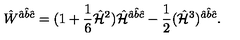
\hat { W } ^ { \hat { a } \hat { b } \hat { c } } = ( 1 + { \frac { 1 } { 6 } } \hat { \cal H } ^ { 2 } ) \hat { \cal H } ^ { \hat { a } \hat { b } \hat { c } } - { \frac { 1 } { 2 } } ( \hat { \cal H } ^ { 3 } ) ^ { \hat { a } \hat { b } \hat { c } } .